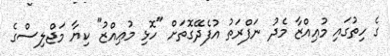
ގެ ހިތުގައި މުޢިއްޒާ މެދު ނަފްރަތު އުފެދޭގޮތަށް "ހޮޅި މުޢިއްޒު" ކިޔާ މަޖްލިސްގެ